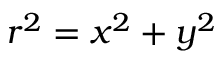
r ^ { 2 } = x ^ { 2 } + y ^ { 2 }